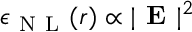
\epsilon _ { \mathrm { ~ N ~ L ~ } } ( { \boldsymbol { r } } ) \propto | \textbf { E } | ^ { 2 }